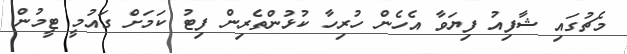
މެޗުގައި ޝާފިއު ފިޔަވާ އެހެން ހުރިހާ ކުޅުންތެރިން ފިޓު ކަމަށް ގައުމީ ޓީމުން